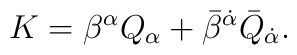
K= \beta^\alpha Q_\alpha + \bar{\beta}^{\dot{\alpha}} \bar{Q}_{\dot{\alpha}}.